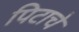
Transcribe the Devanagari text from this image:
पिटाचे